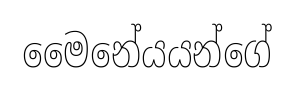
මෛනේයයන්ගේ